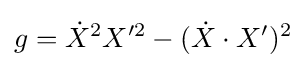
g={\dot {X}}^{2}X'^{2}-({\dot {X}}\cdot X')^{2}